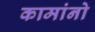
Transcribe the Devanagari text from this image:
कामांनो